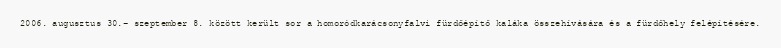
2006. augusztus 30.- szeptember 8. között került sor a homoródkarácsonyfalvi fürdőépítő kaláka összehívására és a fürdőhely felépítésére.